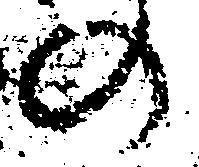
の